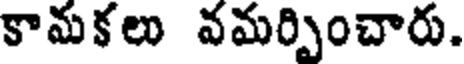
కామకలు వమర్పించారు.